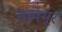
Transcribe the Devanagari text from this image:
मखगूर